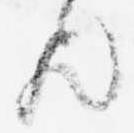
歟